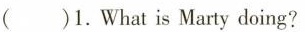
()1.What is Marty doing?